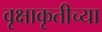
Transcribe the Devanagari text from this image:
वृक्षाकृतीच्या